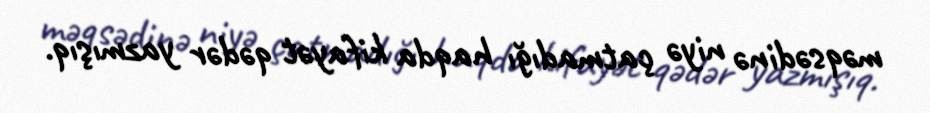
məqsədinə niyə çatmadığı haqda kifayət qədər yazmışıq.